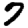
Digit: 7